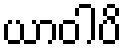
ယာဝါပိ